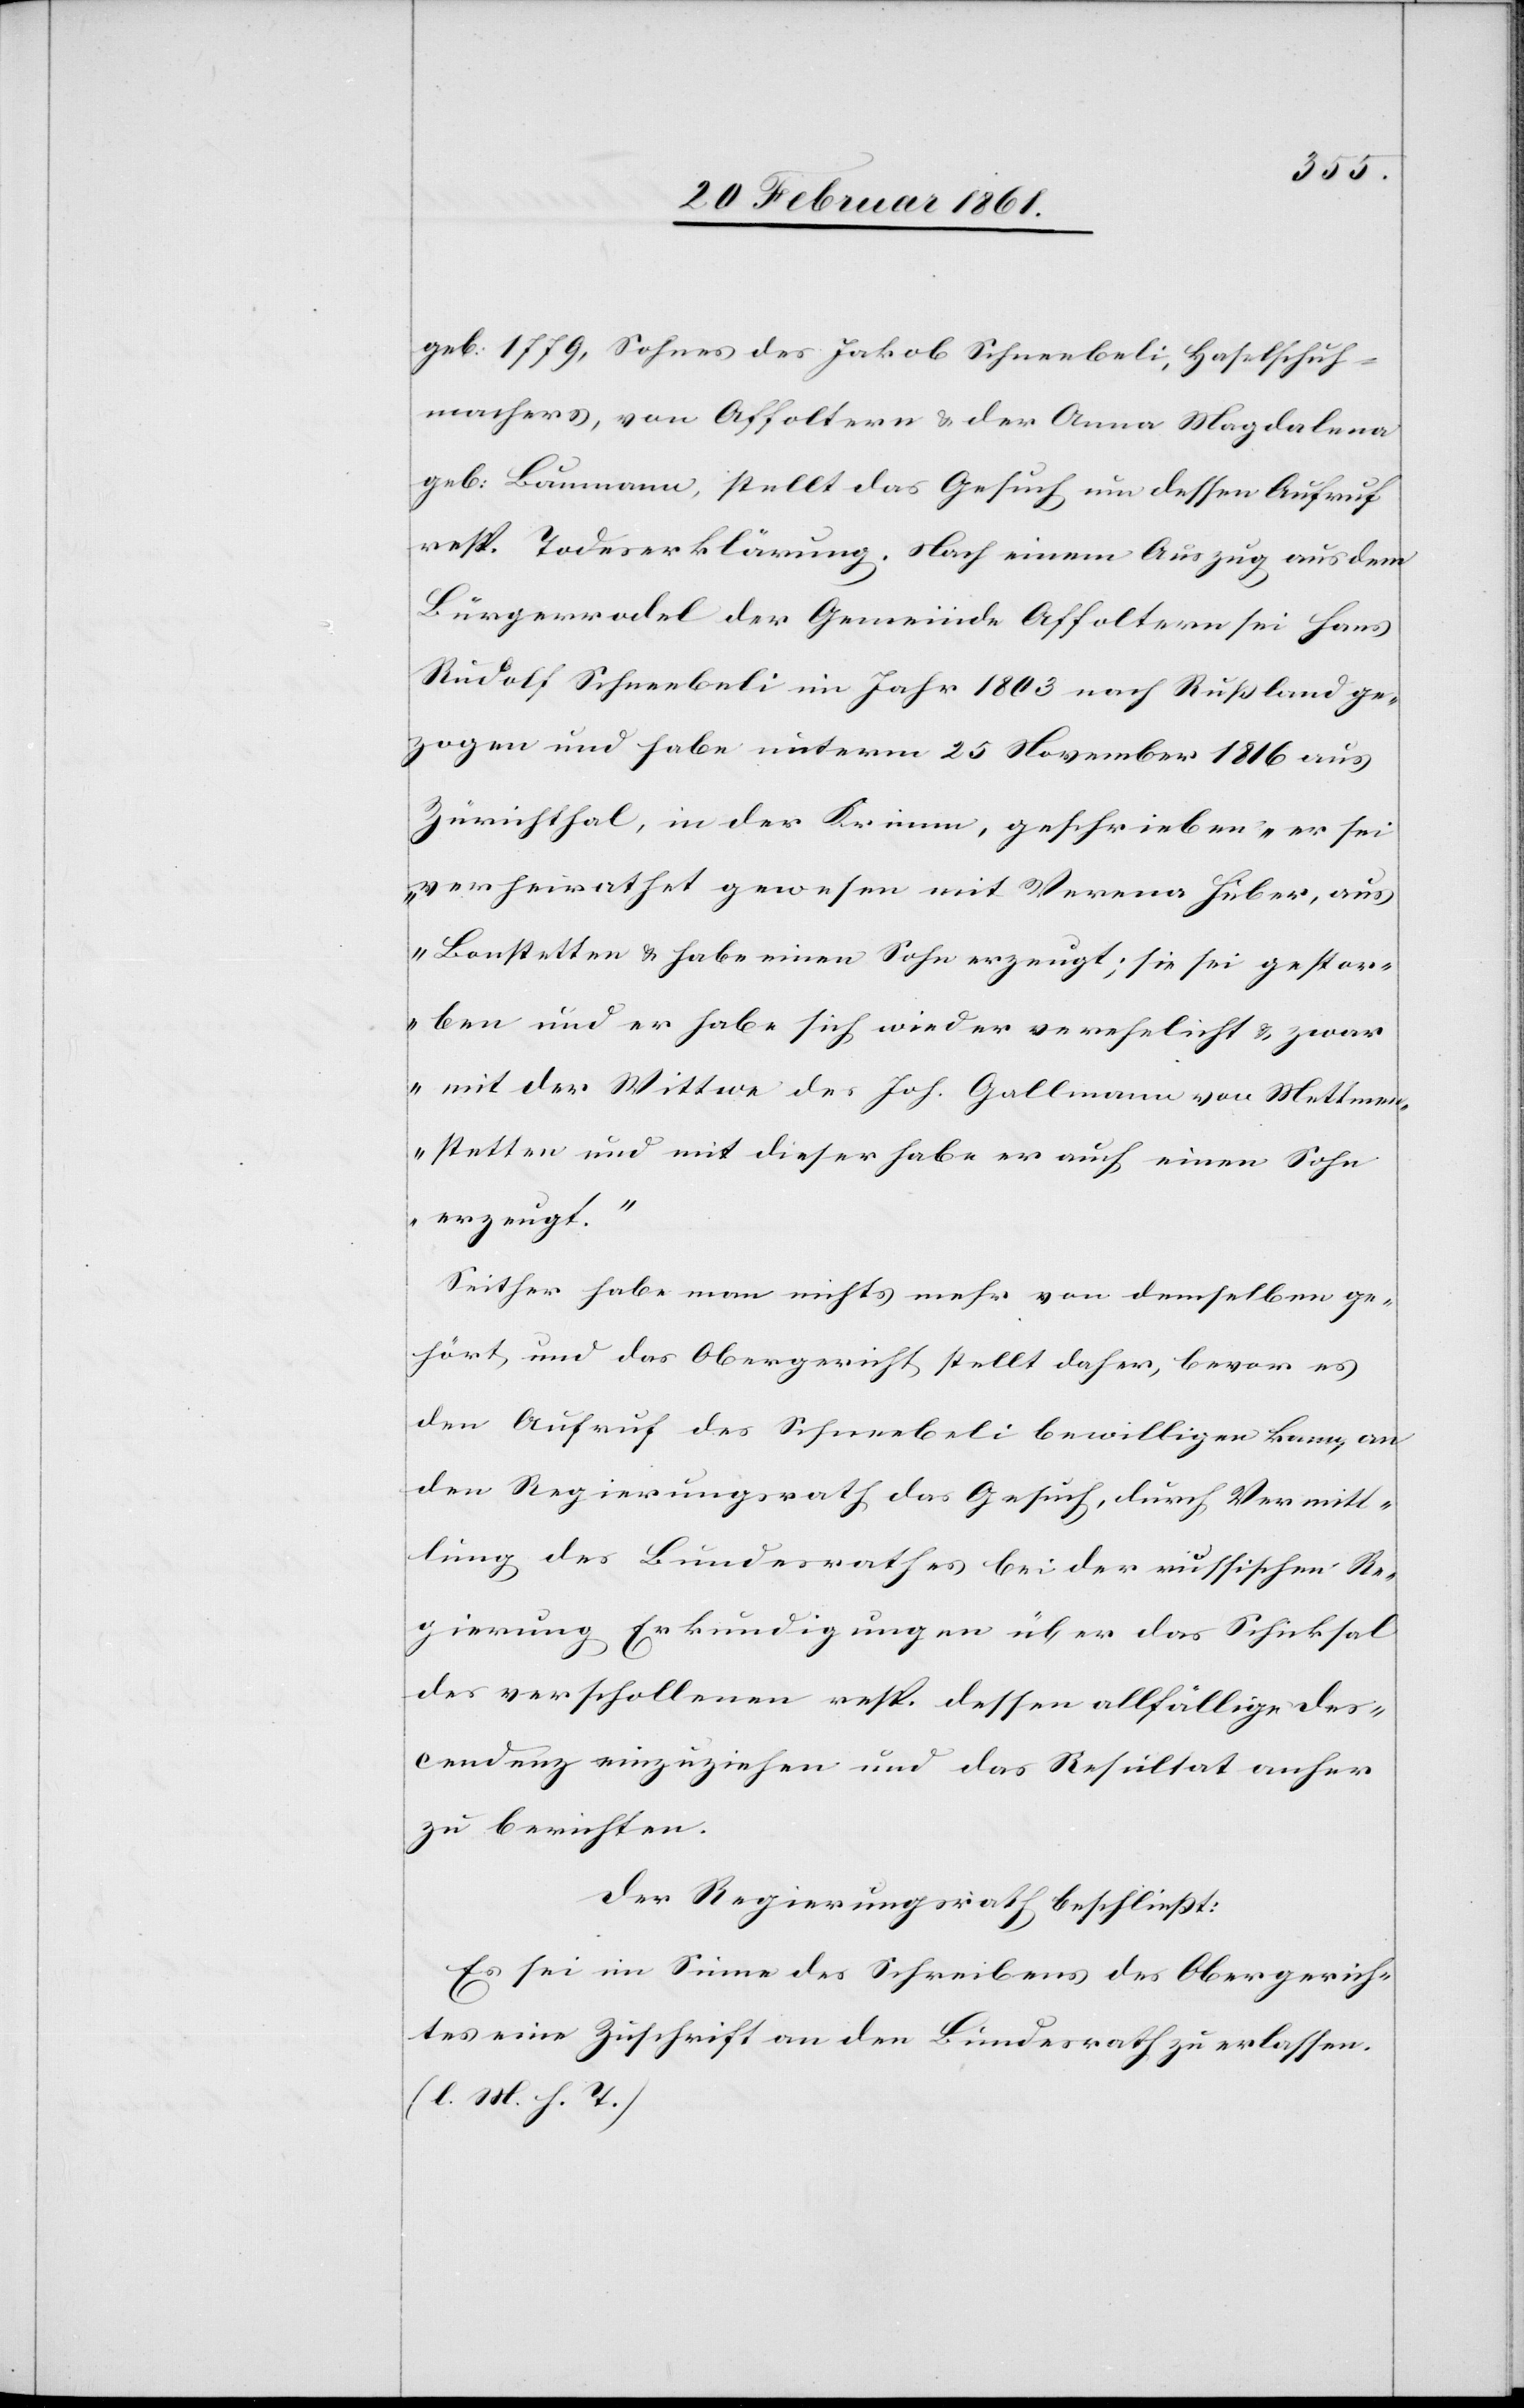
geb: 1779, Sohnes des Jakob Schneebeli, Haselschuh¬
machers, von Affoltern u. der Anna Magdalena
geb: Baumann, stellt das Gesuch um dessen Aufruf
resp. Todeserklärung. Nach einem Auszug aus dem
Bürgerrodel der Gemeinde Affoltern sei Hans
Rudolf Schneebeli im Jahr 1803 nach Russland ge¬
zogen und habe unterm 25. November 1816 aus
Zürichthal, in der Krimm, geschrieben „er sei
verheirathet gewesen mit Verena Huber, aus
Bonstetten u. habe einen Sohn erzeugt; sie sei gestor¬
ben und er habe sich wieder verehelicht u. zwar
mit der Wittwe des Joh. Gallmann von Mettmen¬
stetten und mit dieser habe er auch einen Sohn
erzeugt.“
Seither habe man nichts mehr von demselben ge¬
hört, und das Obergericht stellt daher, bevor es
den Aufruf des Schneebeli bewilligen kann, an
den Regierungsrath das Gesuch, durch Vermitt¬
lung des Bundesrathes bei der russischen Re¬
gierung Erkundigungen über das Schicksal
des verschollenen resp. dessen allfällige Des¬
cendenz einzuziehen und das Resultat anher
zu berichten.
Der Regierungsrath beschliesst:
Es sei im Sinne des Schreibens des Obergerich¬
tes eine Zuschrift an den Bundesrath zu erlassen.
(l. M. h. T.)